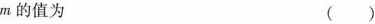
m的值为 （）